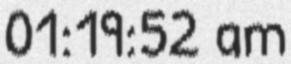
01:19:52 am